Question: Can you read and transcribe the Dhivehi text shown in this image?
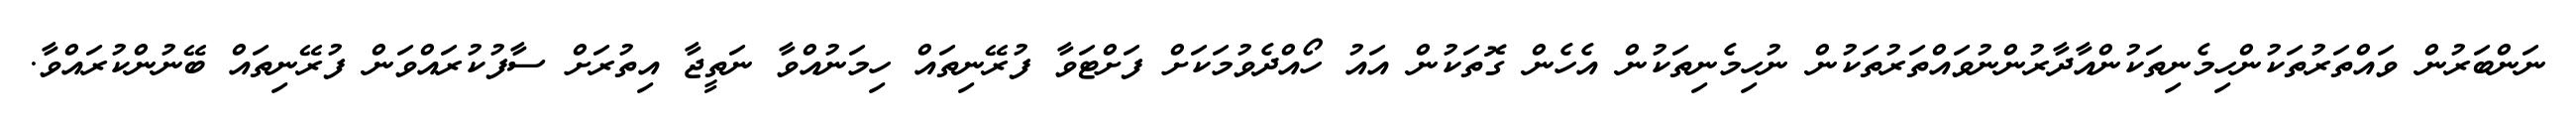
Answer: ނަންބަރުން ވައްތަރުތަކުންހިމެނިތަކުންއާދާރުންނުވައްތަރުތަކުން ނުހިމެނިތަކުން އެހެން ގޮތަކުން އައު ހޯއްދެވުމަކަށް ފަށްޓަވާ ފުރޭނިތައް ހިމަނުއްވާ ނަތީޖާ އިތުރަށް ސާފުކުރައްވަން ފުރޭނިތައް ބޭނުންކުރައްވާ.